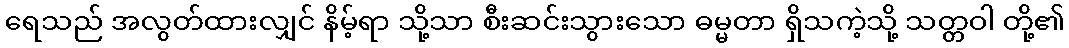
ရေသည် အလွတ်ထားလျှင် နိမ့်ရာ သို့သာ စီးဆင်းသွားသော ဓမ္မတာ ရှိသကဲ့သို့ သတ္တဝါ တို့၏